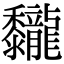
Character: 𪐖